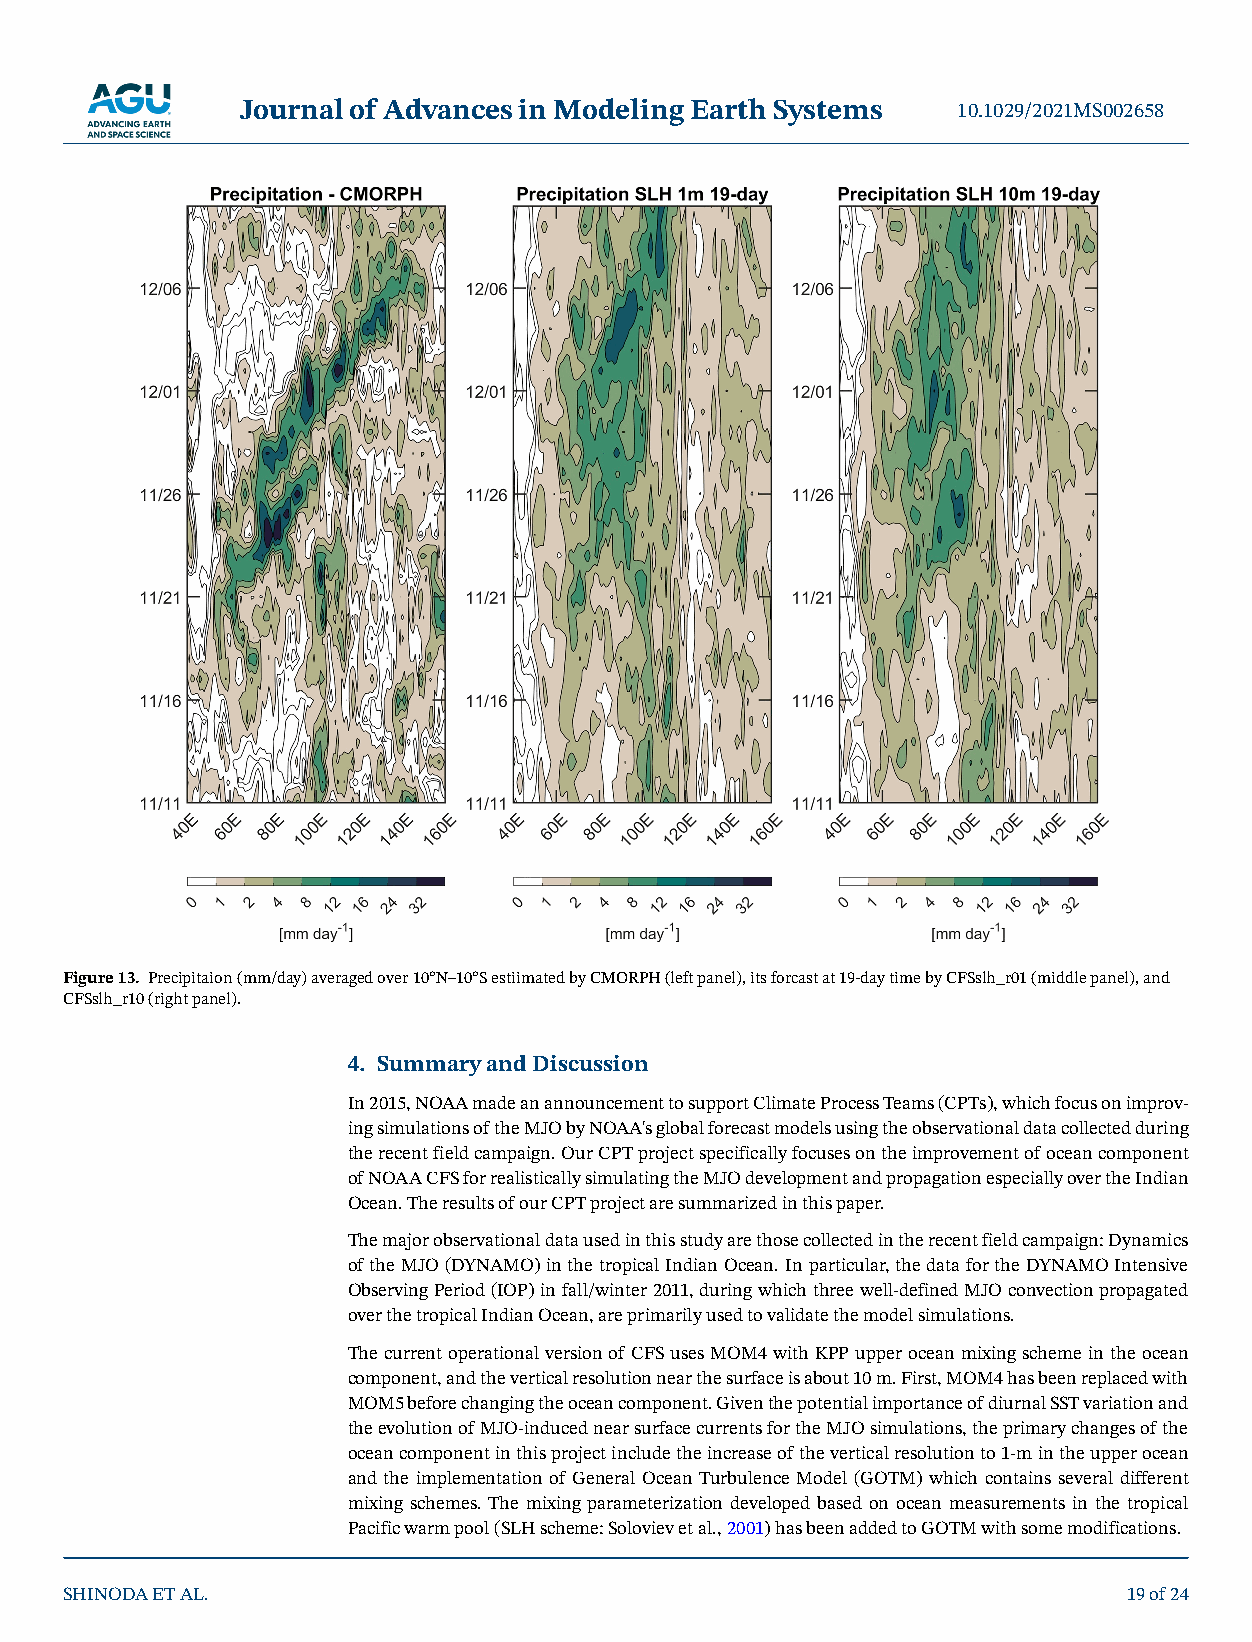
Journal of Advances in Modeling Earth Systems  10.1029/2021MS002658
 Figure 13. Precipitaion (mm/day) averaged over 10°N–10°S estiimated by CMORPH (left panel), its forcast at 19-day time by CFSslh_r01 (middle panel), and
 CFSslh_r10 (right panel).
 4. Summary and Discussion
 In 2015, NOAA made an announcement to support Climate Process Teams (CPTs), which focus on improv-
 ing simulations of the MJO by NOAA's global forecast models using the observational data collected during
 the recent field campaign. Our CPT project specifically focuses on the improvement of ocean component
 of NOAA CFS for realistically simulating the MJO development and propagation especially over the Indian
 Ocean. The results of our CPT project are summarized in this paper.
 The major observational data used in this study are those collected in the recent field campaign: Dynamics
 of the MJO (DYNAMO) in the tropical Indian Ocean. In particular, the data for the DYNAMO Intensive
 Observing Period (IOP) in fall/winter 2011, during which three well-defined MJO convection propagated
 over the tropical Indian Ocean, are primarily used to validate the model simulations.
 The current operational version of CFS uses MOM4 with KPP upper ocean mixing scheme in the ocean
 component, and the vertical resolution near the surface is about 10 m. First, MOM4 has been replaced with
 MOM5 before changing the ocean component. Given the potential importance of diurnal SST variation and
 the evolution of MJO-induced near surface currents for the MJO simulations, the primary changes of the
 ocean component in this project include the increase of the vertical resolution to 1-m in the upper ocean
 and the implementation of General Ocean Turbulence Model (GOTM) which contains several different
 mixing schemes. The mixing parameterization developed based on ocean measurements in the tropical
 Pacific warm pool (SLH scheme: Soloviev et al., 2001) has been added to GOTM with some modifications.
 SHINODA ET AL.                                                         19 of 24